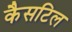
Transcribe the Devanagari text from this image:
कैसटिल